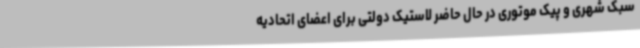
سبک شهری و پیک موتوری در حال حاضر لاستیک دولتی برای اعضای اتحادیه